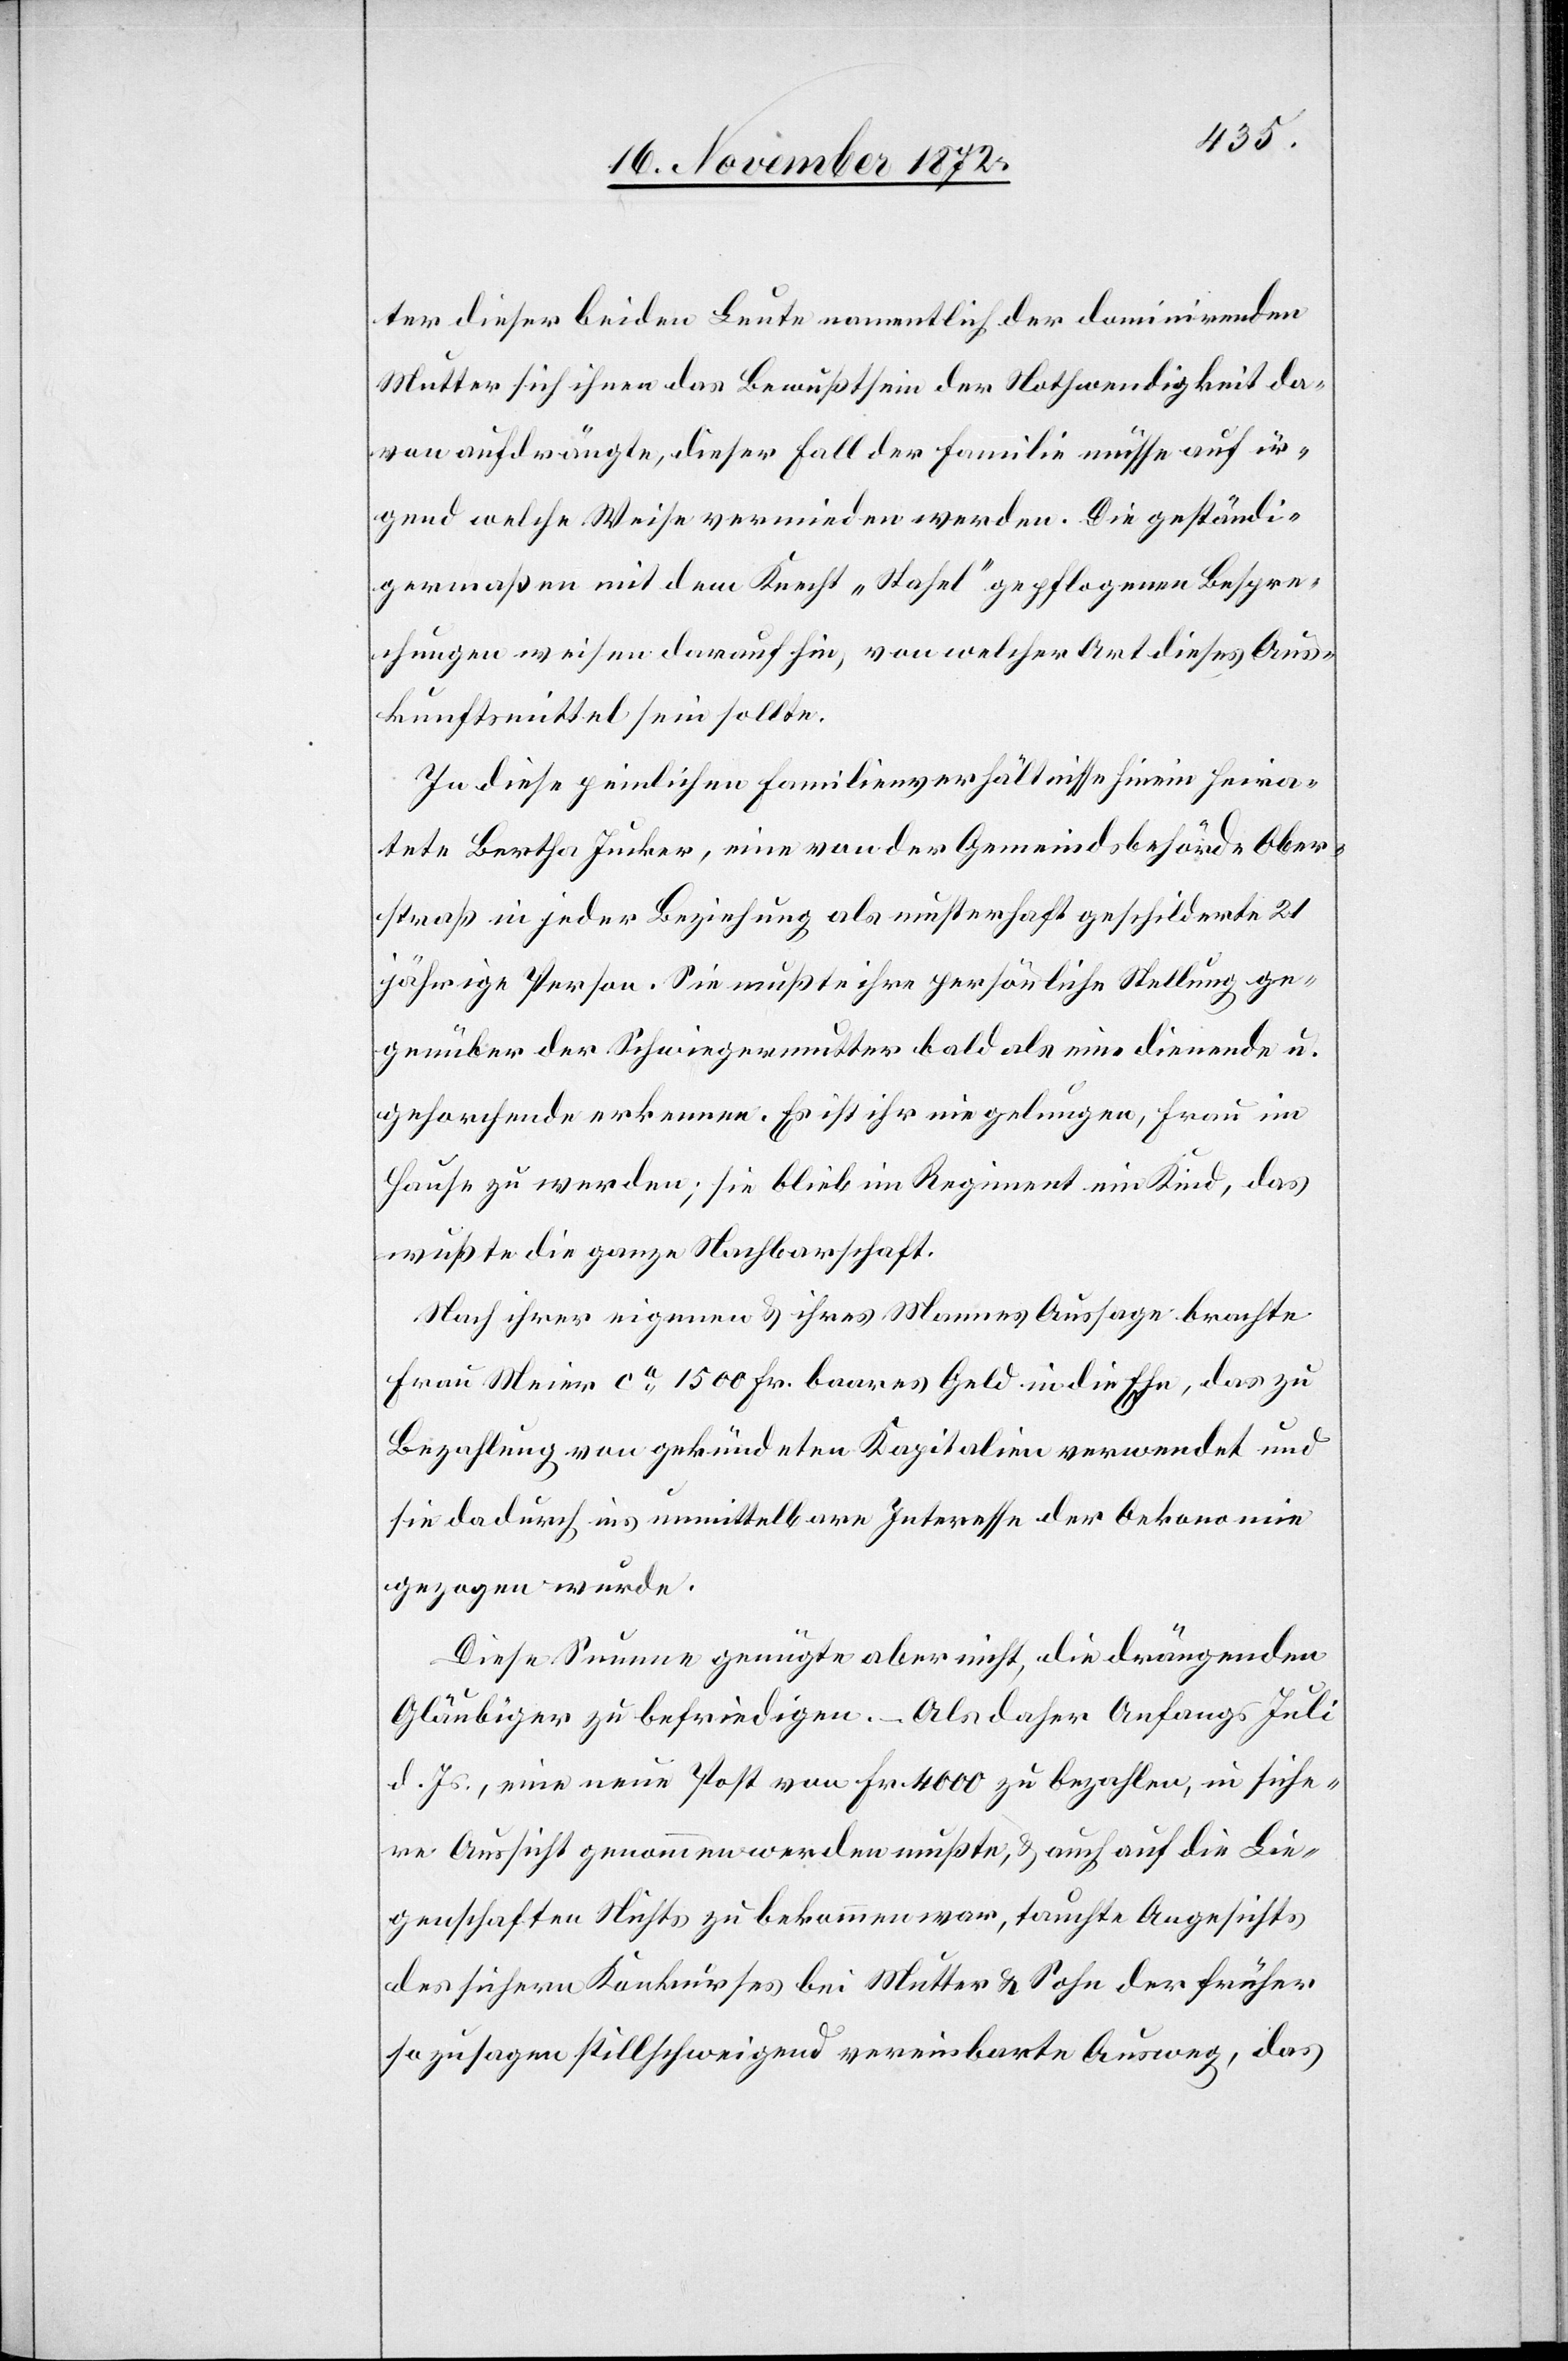
ter dieser beiden Leute namentlich der dominirenden
Mutter sich ihnen das Bewußtsein der Nothwendigkeit da¬
von aufdrängte, dieser Fall der Familie müsse auf ir¬
gend welche Weise vermieden werden. Die geständi¬
germaßen mit dem Knecht „Stahel“ gepflogenen Bespre¬
chungen weisen darauf hin, von welcher Art dieses Aus¬
kunftsmittel sein sollte.
In diese peinlichen Familienverhältnisse hinein heira¬
tete Bertha Jucker, eine von der Gemeindebehörde Ober¬
straße in jeder Beziehung als musterhaft geschilderte 21
jährige Person. Sie mußte ihre persönliche Stellung ge¬
genüber der Schwiegermutter bald als eine dienende u.
gehorchende erkennen. Es ist ihr nie gelungen, Frau im
Hause zu werden; sie blieb im Regiment ein Kind, das
wußte die ganze Nachbarschaft.
Nach ihrer eigenen u. ihres Mannes Aussage brachte
Frau Meier ca 1500 Fr. baares Geld in die Ehe, das zu
Bezahlung von gekündeten Kapitalien verwendet und
sie dadurch ins unmittelbare Interesse der Oekonomie
gezogen wurde.
Diese Summe genügte aber nicht, die drängenden
Gläubiger zu befriedigen. – Als daher Anfangs Juli
d. Js., eine neue Post von Fr. 4000 zu bezahlen, in siche¬
re Aussicht genommen werden mußte, u. auch auf die Lie¬
genschaften Nichts zu bekommen war, tauchte Angesichts
des sichern Konkurses bei Mutter u. Sohn der früher
sozusagen stillschweigend vereinbarte Ausweg, das